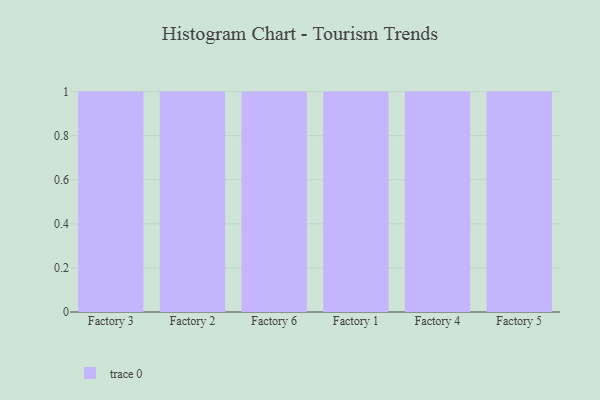
{"axis": {"x": "Factory", "y": "Customer Acquisition Cost (USD)"}, "legend": [""], "data": [{"x": "Factory 3", "y": 19, "type": ""}, {"x": "Factory 2", "y": 73, "type": ""}, {"x": "Factory 6", "y": 68, "type": ""}, {"x": "Factory 1", "y": 19, "type": ""}, {"x": "Factory 4", "y": 78, "type": ""}, {"x": "Factory 5", "y": 46, "type": ""}]}